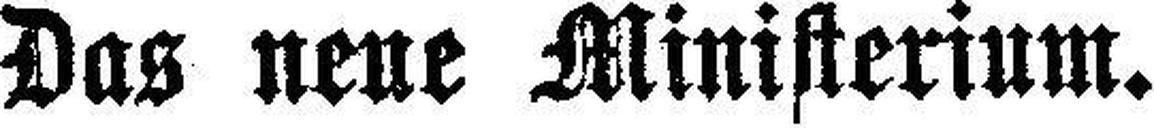
Das neue Ministerium.